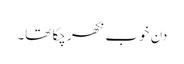
دن خوب نکھر چکا تھا۔